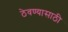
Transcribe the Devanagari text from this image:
ठेवण्‍यासाठी